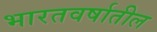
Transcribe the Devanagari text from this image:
भारतवर्षातील